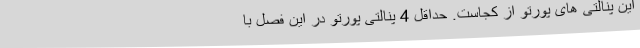
این پنالتی‌ های پورتو از کجاست. حداقل 4 پنالتی پورتو در این فصل با